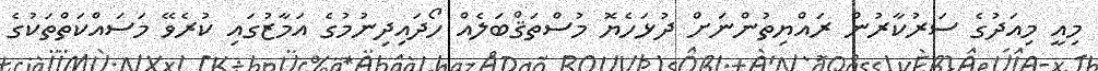
މިއީ މިއަދުގެ ސަރުކާރުން ރައްޔިތުންނަށް ދުޅަހެޔޮ މުސްތަޤްބަލެއް ހޯދައިދިނުމުގެ އަމާޒުގައި ކުރެވޭ މަސައްކަތްތަކުގެ